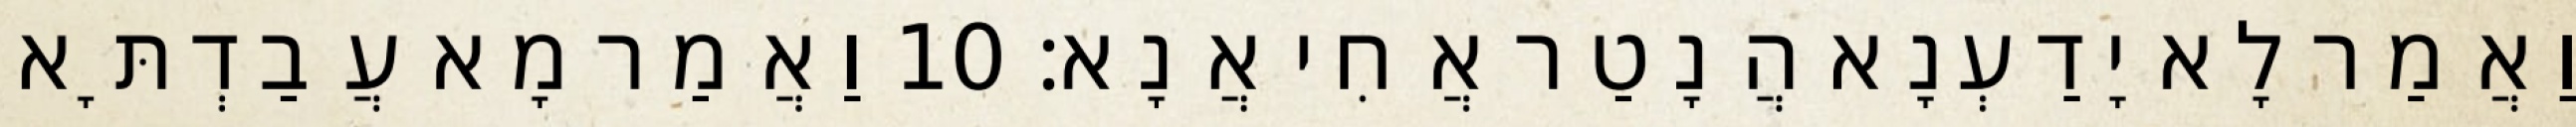
וַאֲמַר לָא יָדַעְנָא הֲנָטַר אֲחִי אֲנָא׃ 10 וַאֲמַר מָא עֲבַדְתָּא